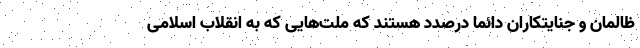
ظالمان و جنایتکاران دائماً درصدد هستند که ملت‌هایی که به انقلاب اسلامی